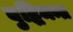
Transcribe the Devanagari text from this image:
बुद्धिमन्त